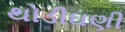
થોડીઘણી